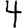
Digit: 4